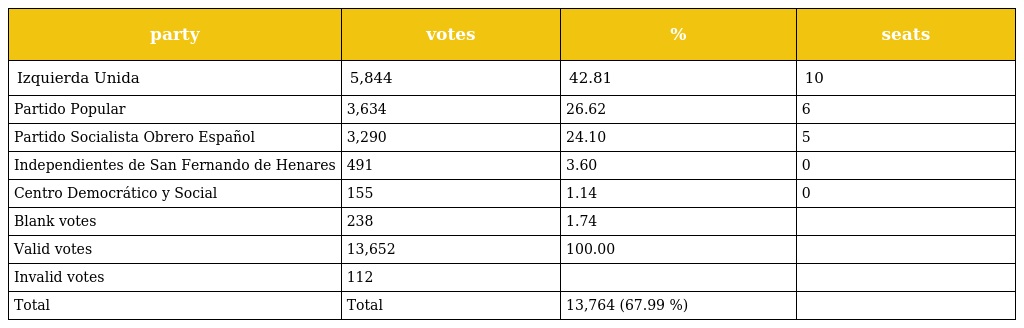
| party | votes | % | seats |
 | --- | --- | --- | --- |
 | Izquierda Unida | 5,844 | 42.81 | 10 |
 | Partido Popular | 3,634 | 26.62 | 6 |
 | Partido Socialista Obrero Español | 3,290 | 24.10 | 5 |
 | Independientes de San Fernando de Henares | 491 | 3.60 | 0 |
 | Centro Democrático y Social | 155 | 1.14 | 0 |
 | Blank votes | 238 | 1.74 |  |
 | Valid votes | 13,652 | 100.00 |  |
 | Invalid votes | 112 |  |  |
 | Total | Total | 13,764 (67.99 %) |  |